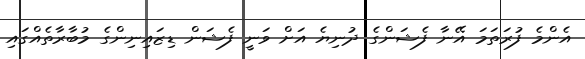
އެންމެ ފުރަތަމަ އޭނާ ފެޝަންގެ ދުނިޔެ އަށް ވަނީ ފެޝަން ޑިޒައިނިންގެ މުބާރާތެއްގައި